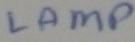
Text: LAMP